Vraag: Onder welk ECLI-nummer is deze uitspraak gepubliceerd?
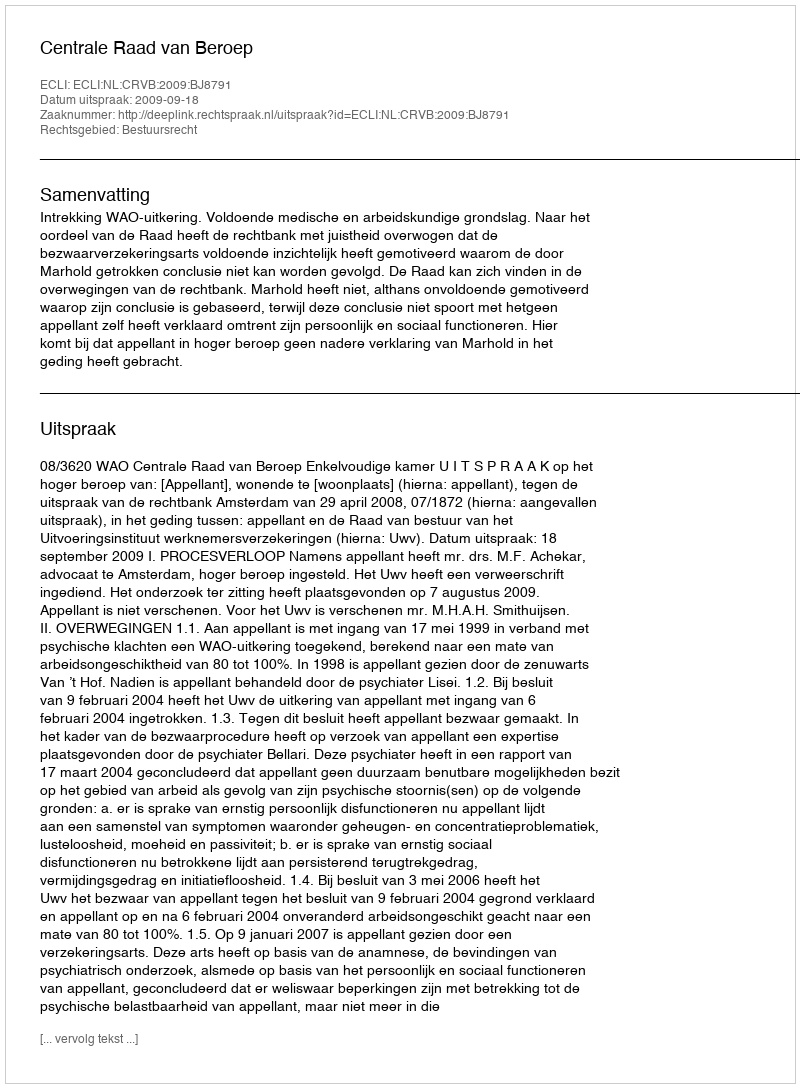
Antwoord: ECLI:NL:CRVB:2009:BJ8791